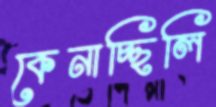
কেনাচ্ছিলি